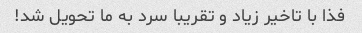
فذا با تاخیر زیاد و تقریبا سرد به ما تحویل شد!